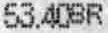
53.40SR